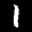
Label: 1